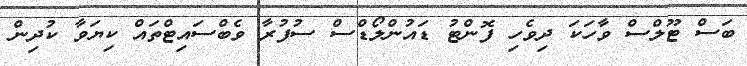
ބަސް ޓޫލްސް ވާހަކަ ދިވެހި ފޮންޓު ޑައުންލޯޑްސް ސުފުރާ ވެބްސައިޓްތައް ކިޔަވާ ކުދިން